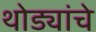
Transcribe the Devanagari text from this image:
थोड्यांचे